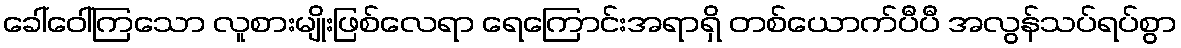
ခေါ်ဝေါ်ကြသော လူစားမျိုးဖြစ်လေရာ ရေကြောင်းအရာရှိ တစ်ယောက်ပီပီ အလွန်သပ်ရပ်စွာ